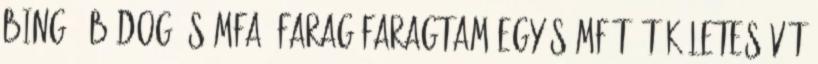
bingó, bádog, sámfa, farag Faragtam egy sámfát, tökéletes vót